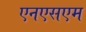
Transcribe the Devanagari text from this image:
एनएसएम